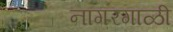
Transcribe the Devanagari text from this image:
नागरगाळी